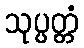
သုပ္ပတ္တံ